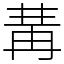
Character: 冓